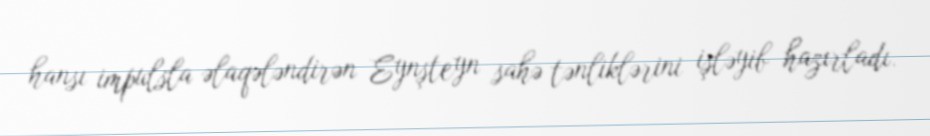
hansı impulsla əlaqələndirən Eynşteyn sahə tənliklərini işləyib hazırladı.